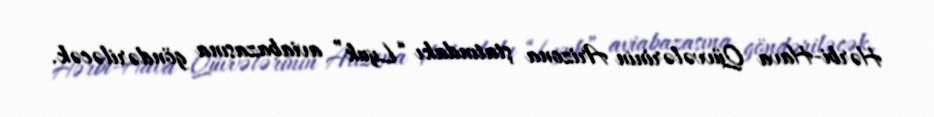
Hərbi-Hava Qüvvələrinin Arizona ştatındakı “Lyuk” aviabazasına göndəriləcək.